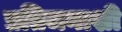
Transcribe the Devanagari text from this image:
प्रतिजनाशी